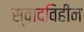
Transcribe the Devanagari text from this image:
स्वादविहीन